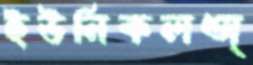
ইউনিকলঅ্